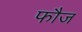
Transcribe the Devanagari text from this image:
फाैज